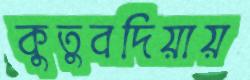
কুতুবদিয়ায়